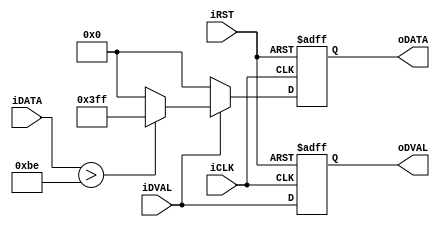
module BinaryImage(
        iCLK,
        iRST,
        iDVAL,
        iDATA,
        oDATA,
        oDVAL,
        );

parameter threshold = 10'd190;
  
input      iCLK;
input      iRST;
input      iDVAL;
input[9:0] iDATA;
output reg[9:0] oDATA;
output reg oDVAL;


always@(posedge iCLK or negedge iRST)
begin
  if(!iRST)
    begin
      oDVAL <= 1'b0;
      oDATA <= 10'b0000000000;
    end
  else
    begin
      oDVAL <= iDVAL;
      if(iDVAL)
        begin
          if(iDATA > threshold)
            oDATA <= 10'b1111111111;
          else
            oDATA <= 10'b0;
        end
      else
          oDATA <= 10'b0000000000;
    end
end
endmodule